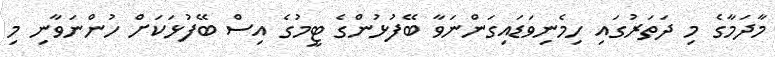
މާދަމާގެ މި ދަތަރުގައި ހިމެނިވަޑައިގަންނަވާ ބޭފުޅުންގެ ޓީމުގެ އިސް ބޭފުޅަކަށް ހުންނަވާނި މި